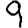
Digit: 9